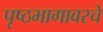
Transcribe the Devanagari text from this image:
पृष्ठभागावरचे